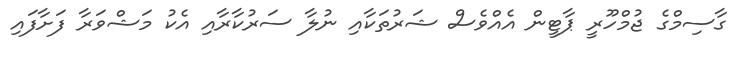
ގާސިމްގެ ޖުމްހޫރީ ޕާޓީން އެއްވެސް ޝަރުތަކާއި ނުލާ ސަރުކާރާއި އެކު މަޝްވަރާ ފަށާފައި